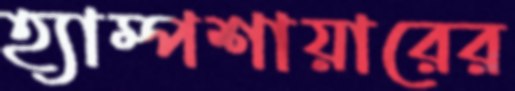
হ্যাম্পশায়ারের